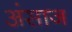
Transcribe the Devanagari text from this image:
अंसाज